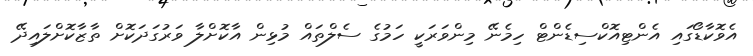
އެވޮކާޑޯގައި އެންޓިއޮކްސިޑެންޓް ހިމެނޭ މިންވަރަކީ ހަމުގެ ސެލްތައް މުޅިން އާކޮށްލާ ވަރުގަދަކޮށް ތާޒާކޮށްލައިދޭ